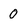
Character: 0